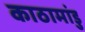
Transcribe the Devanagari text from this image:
काठामांडु